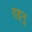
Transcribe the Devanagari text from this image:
दहनु